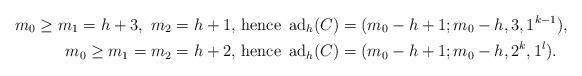
LaTeX: \begin{align*} m_0\ge m_1=h+3, \,\, m_2=h+1,\,\, &{\rm hence }\,\,\, {\rm ad}_h(C)=(m_0-h+1; m_0-h, 3, 1^{k-1}),\\m_0\ge m_1=m_2=h+2 ,\,\, &{\rm hence }\,\,\, {\rm ad}_h(C)=(m_0-h+1; m_0-h, 2^{k}, 1^{l}).\end{align*}